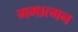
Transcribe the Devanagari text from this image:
ममात्मन